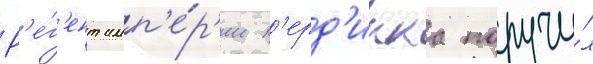
Р'е́г'ент имп'е́р'ии п'ерд'икка поручи́л